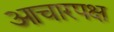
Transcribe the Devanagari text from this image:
आचारपक्ष